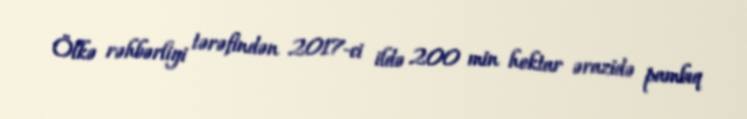
Ölkə rəhbərliyi tərəfindən 2017-ci ildə 200 min hektar ərazidə pambıq